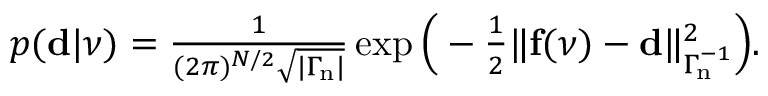
\begin{array} { r } { p ( \ensuremath { \mathbf d } | \ensuremath { \boldsymbol \nu } ) = { \frac { 1 } { ( 2 \pi ) ^ { N / 2 } \sqrt { | \ensuremath { \boldsymbol \Gamma _ { \! \mathrm { n } } } | } } } \exp \Big ( - { \frac { 1 } { 2 } } \| \mathbf f ( \ensuremath { \boldsymbol \nu } ) - \ensuremath { \mathbf d } \| _ { \ensuremath { \boldsymbol \Gamma _ { \! \mathrm { n } } } ^ { - 1 } } ^ { 2 } \Big ) . } \end{array}